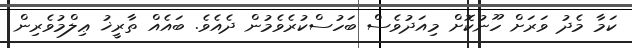
ކަމާ މެދު ވަރަށް ހޫނުކޮށް މިއަދުވެސް ބަހުސްކުރެވެމުން ދެއެވެ. ބައެއް ތާރީޚު ޢިލްމުވެރިން